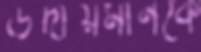
উদীয়মানকে